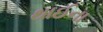
થાઈના